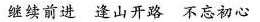
继续前进 逢山开路 不忘初心